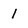
Character: 1